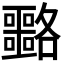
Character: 𡅡